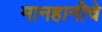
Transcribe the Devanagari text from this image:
मानहानीचे